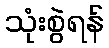
သုံးစွဲရန်